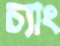
চ্যাং